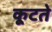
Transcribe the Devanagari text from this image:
कूटते